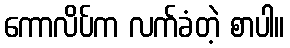
ကောလိပ်က လက်ခံတဲ့ စာပါ။